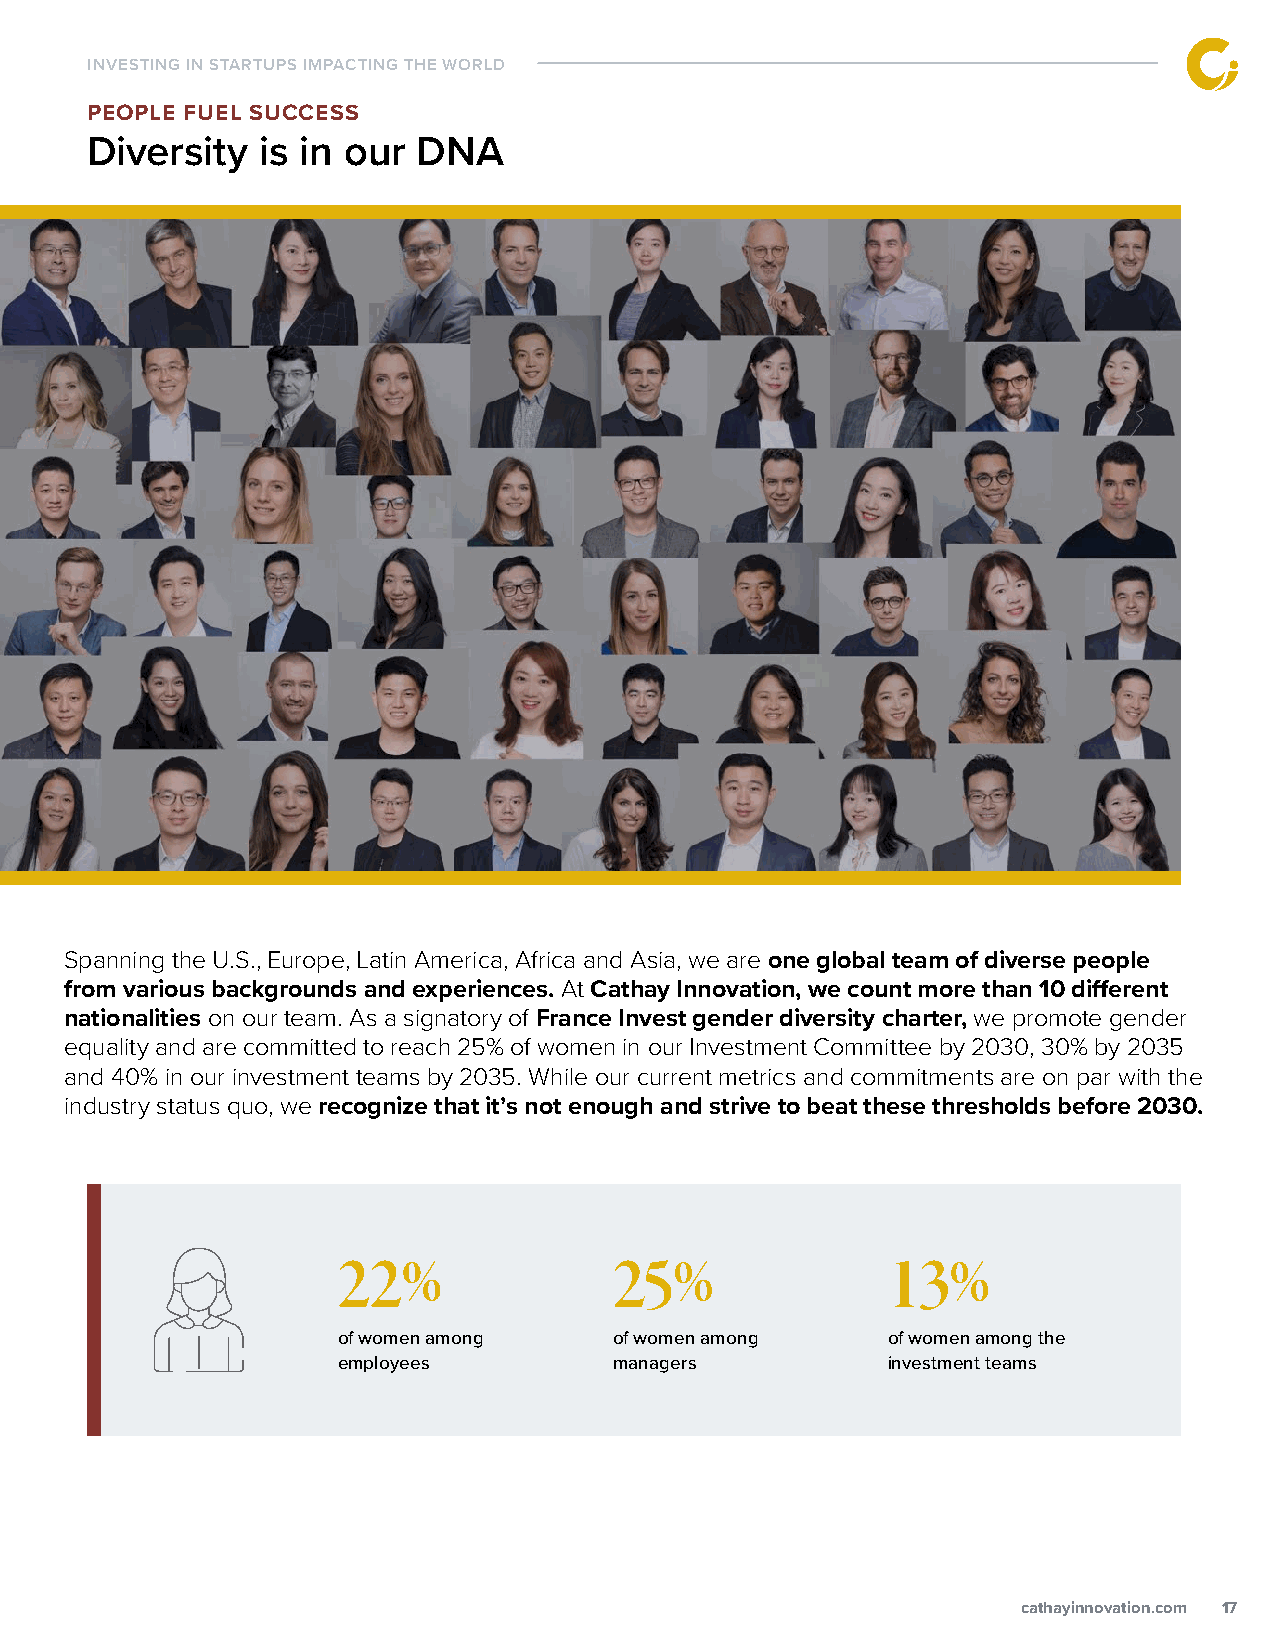
INVESTING IN STARTUPS IMPACTING THE WORLD
 PEOPLE FUEL SUCCESS
 Diversity  is in our  DNA
 Spanning the U.S., Europe, Latin America, Africa and Asia, we are one global team of diverse people
 from various backgrounds and experiences. At Cathay Innovation, we count more than 10 different
 nationalities on our team. As a signatory of France Invest gender diversity charter, we promote gender
 equality and are committed to reach 25% of women in our Investment Committee by 2030, 30% by 2035
 and 40% in our investment teams by 2035. While our current metrics and commitments are on par with the
 industry status quo, we recognize that it’s not enough and strive to beat these thresholds before 2030.
 22%                25%               13%
 of women among     of women among    of women among the
 employees          managers          investment teams
 ccaatthhaayyiinnnnoovvaattiioonn..ccoomm 17